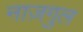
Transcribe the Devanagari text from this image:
नाज़गुल